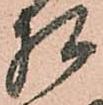
相